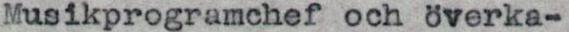
Musikprogramchef och överka-